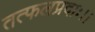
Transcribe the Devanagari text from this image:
तत्फलप्रदाः।।